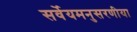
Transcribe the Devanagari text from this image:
सर्वेयमनुसरणीया